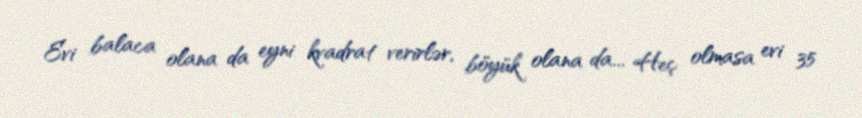
Evi balaca olana da eyni kvadrat verirlər, böyük olana da... Heç olmasa evi 35